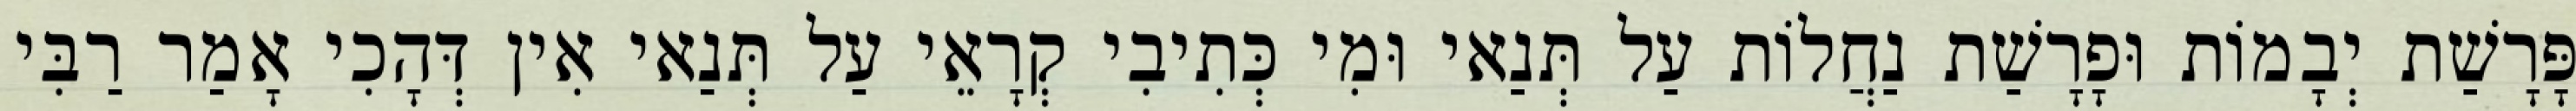
פָּרָשַׁת יְבָמוֹת וּפָרָשַׁת נַחֲלוֹת עַל תְּנַאי וּמִי כְּתִיבִי קְרָאֵי עַל תְּנַאי אִין דְּהָכִי אָמַר רַבִּי